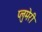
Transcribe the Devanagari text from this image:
प्लुमेरी